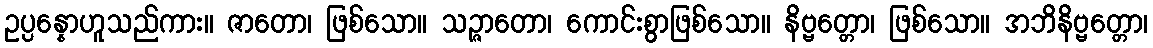
ဥပ္ပန္နောဟူသည်ကား။ ဇာတော၊ ဖြစ်သော။ သဉ္ဇာတော၊ ကောင်းစွာဖြစ်သော။ နိဗ္ဗတ္တော၊ ဖြစ်သော။ အဘိနိဗ္ဗတ္တော၊